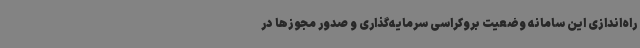
راه‌اندازی این سامانه وضعیت بروکراسی سرمایه‌گذاری و صدور مجوزها در